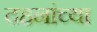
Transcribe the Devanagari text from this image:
दहनांच्या